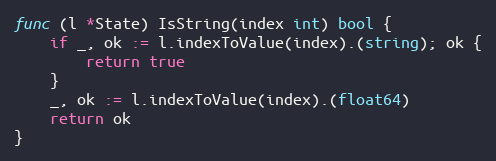
Language: Go
func (l *State) IsString(index int) bool {
	if _, ok := l.indexToValue(index).(string); ok {
		return true
	}
	_, ok := l.indexToValue(index).(float64)
	return ok
}